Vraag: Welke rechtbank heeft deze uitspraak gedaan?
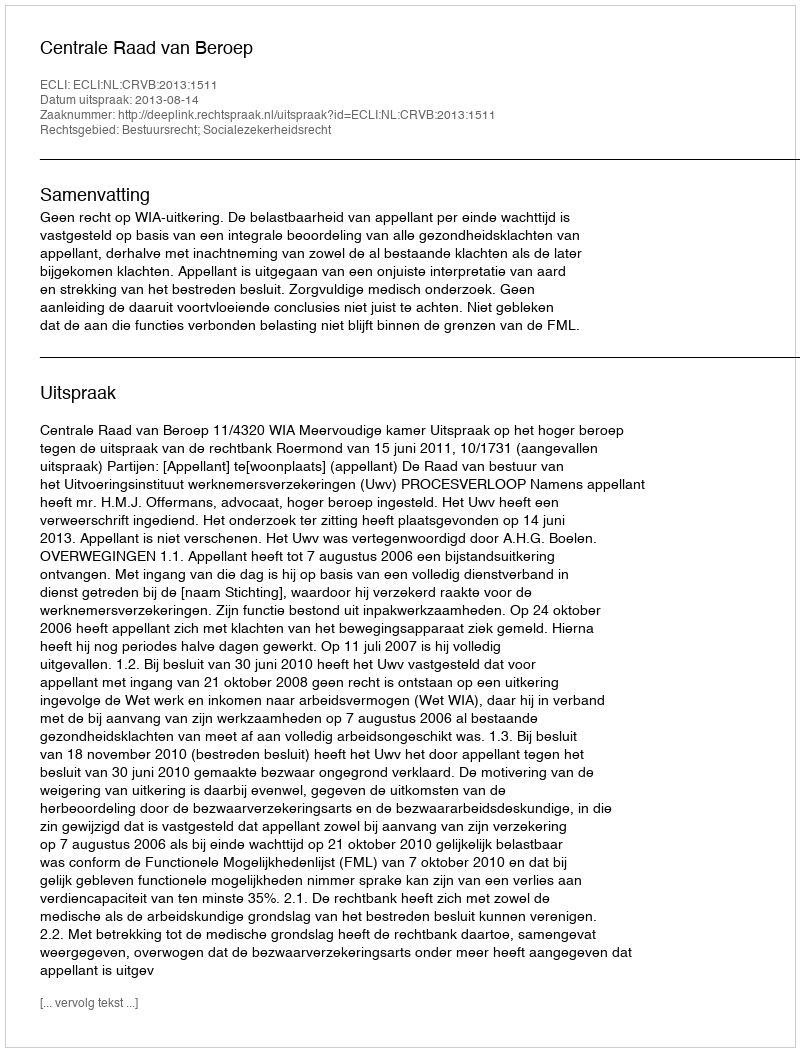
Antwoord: Centrale Raad van Beroep